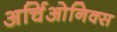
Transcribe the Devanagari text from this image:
अर्चिओनिक्स